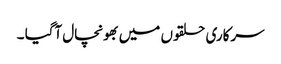
سرکاری حلقوں میں بھونچال آگیا ۔